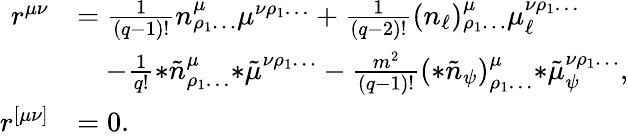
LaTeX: \begin{array}{rl}{r^{\mu\nu}}&{=\frac{1}{(q-1)!}n^{\mu}_{\rho_{1}\ldots}\mu^{\nu\rho_{1}\ldots}+\frac{1}{(q-2)!}(n_{\ell})^{\mu}_{\rho_{1}\ldots}\mu_{\ell}^{\nu\rho_{1}\ldots}}\\ &{\quad-\frac{1}{q!}{*\tilde{n}}^{\mu}_{\rho_{1}\ldots}{*\tilde{\mu}}^{\nu\rho_{1}\ldots}-\frac{m^{2}}{(q-1)!}{(*\tilde{n}_{\psi})}^{\mu}_{\rho_{1}\ldots}{*\tilde{\mu}}_{\psi}^{\nu\rho_{1}\ldots},}\\ {r^{[\mu\nu]}}&{=0.}\end{array}